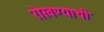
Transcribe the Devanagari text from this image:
रोखण्याची